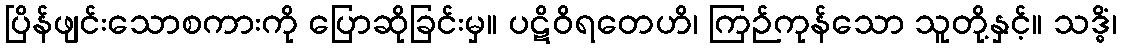
ပြိန်ဖျင်းသောစကားကို ပြောဆိုခြင်းမှ။ ပဋိဝိရတေဟိ၊ ကြဉ်ကုန်သော သူတို့နှင့်။ သဒ္ဓိံ၊